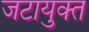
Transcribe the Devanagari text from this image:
जटायुक्त